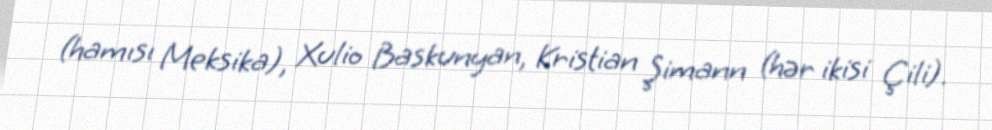
(hamısı Meksika), Xulio Baskunyan, Kristian Şimann (hər ikisi Çili).